Senior Leaving Certificate Examination (including Day School Certificate (Higher) General paper), 1949
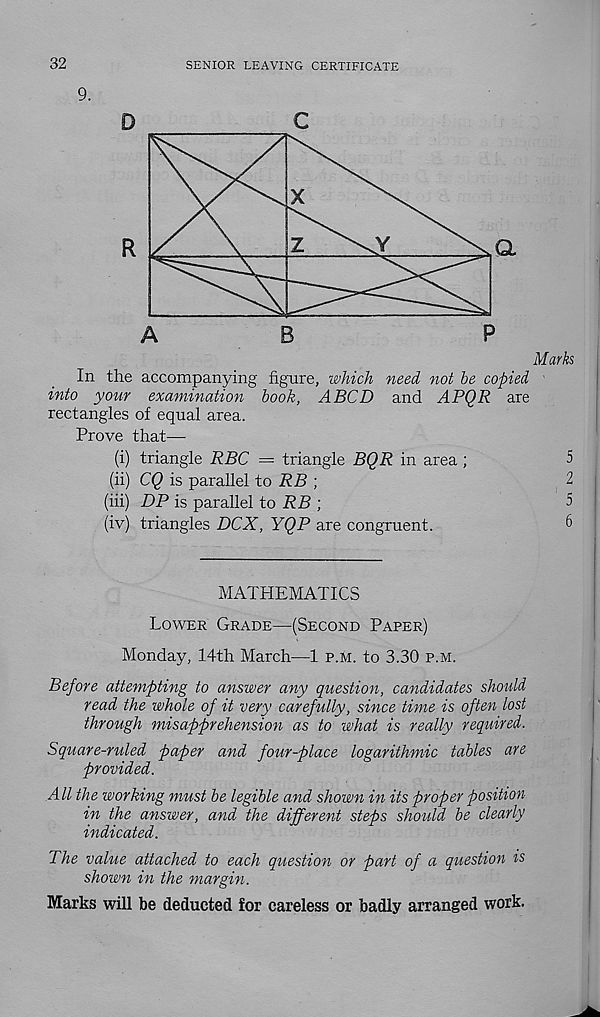
32
SENIOR LEAVING CERTIFICATE
9.
D
C
Marks
In the accompanying figure, which need not be copied
into your examination book, ABCD and APQR are
rectangles of equal area.
Prove that—
(i) triangle RBC = triangle BQR in area ;
5
(ii) CQ is parallel to RB ;
2
(hi) DP is parallel to RB ;
5
(iv) triangles DCX, YQP are congruent.
6
MATHEMATICS
Lower Grade—(Second Paper)
Monday, 14th March—1 p.m. to 3.30 p.m.
Before attempting to answer any question, candidates should
read the whole of it very carefully, since time is often lost
through misapprehension as to what is really required.
Square-ruled paper and four-place logarithmic tables are
provided.
All the working must be legible and shown in its proper position
in the answer, and the different steps should, be clearly
indicated.
The value attached to each question or part of a question is
shown in the margin.
Marks will be deducted for careless or badly arranged work.